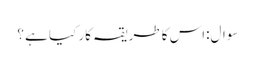
سوال:اس کا طریقہ کار کیا ہے ؟